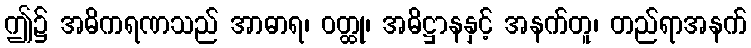
ဤ၌ အဓိကရဏသည် အာဓာရ၊ ဝတ္ထု၊ အဓိဋ္ဌာနနှင့် အနက်တူ၊ တည်ရာအနက်